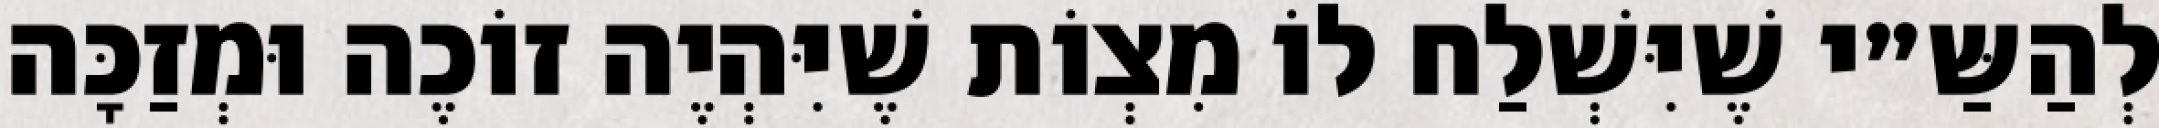
לְהַשַּ״י שֶׁיִּשְׁלַח לוֹ מִצְוֹת שֶׁיִּהְיֶה זוֹכֶה וּמְזַכָּה